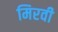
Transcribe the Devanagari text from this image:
मिरवी